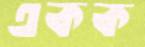
একক